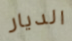
الديار